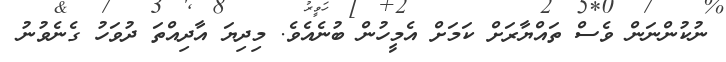
ނުކުންނަން ވެސް ތައްޔާރަށް ކަމަށް އެމީހުން ބުނެއެވެ. މިދިޔަ އާދިއްތަ ދުވަހު ގެނެވުނު